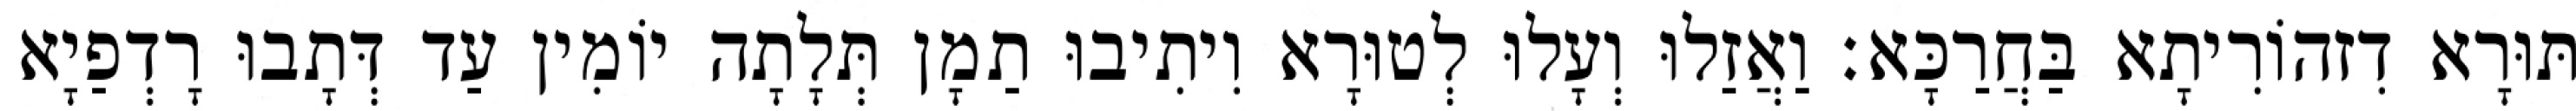
תּוּרָא דִזהוֹרִיתָא בַּחֲרַכָּא׃ וַאֲזַלוּ וְעָלוּ לְטוּרָא וִיתִיבוּ תַמָן תְּלָתָה יוֹמִין עַד דְּתָבוּ רָדְפַיָא